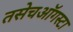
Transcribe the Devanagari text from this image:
तसेचऑगस्टा